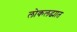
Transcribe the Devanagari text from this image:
लोकलढ्यात